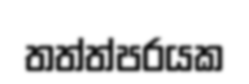
තත්ත්පරයක